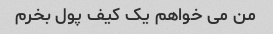
من می خواهم یک کیف پول بخرم